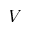
V